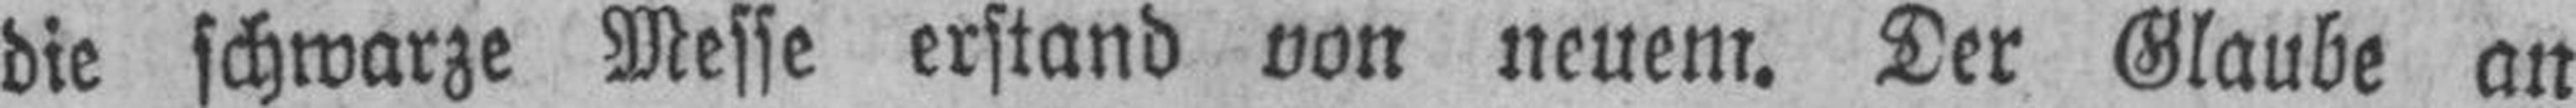
die schwarze Messe erstand von neuem. Der Glaube an